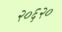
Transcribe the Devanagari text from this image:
२०६२०